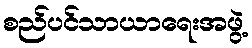
စည်ပင်သာယာရေးအဖွဲ့